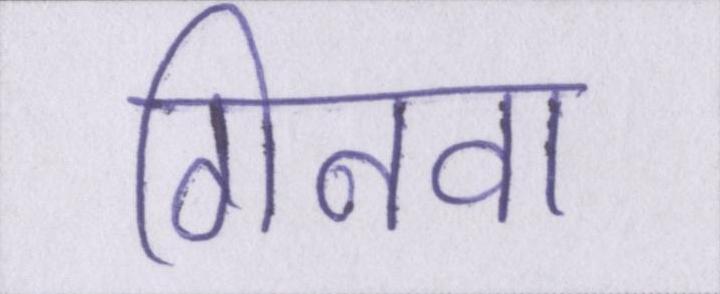
गिनवा